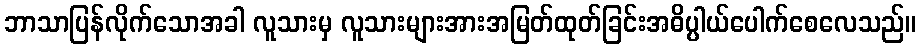
ဘာသာပြန်လိုက်သောအခါ လူသားမှ လူသားများအားအမြတ်ထုတ်ခြင်းအဓိပ္ပါယ်ပေါက်စေလေသည်။